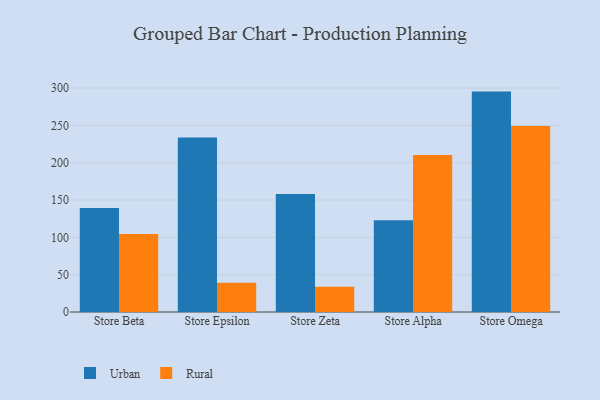
{"axis": {"x": "Store", "y": "Website Visitors"}, "legend": ["Rural", "Urban"], "data": [{"x": "Store Beta", "y": 139.5, "type": "Urban"}, {"x": "Store Beta", "y": 104.5, "type": "Rural"}, {"x": "Store Epsilon", "y": 233.7, "type": "Urban"}, {"x": "Store Epsilon", "y": 39.1, "type": "Rural"}, {"x": "Store Zeta", "y": 158.0, "type": "Urban"}, {"x": "Store Zeta", "y": 33.7, "type": "Rural"}, {"x": "Store Alpha", "y": 122.8, "type": "Urban"}, {"x": "Store Alpha", "y": 210.2, "type": "Rural"}, {"x": "Store Omega", "y": 295.3, "type": "Urban"}, {"x": "Store Omega", "y": 249.3, "type": "Rural"}]}